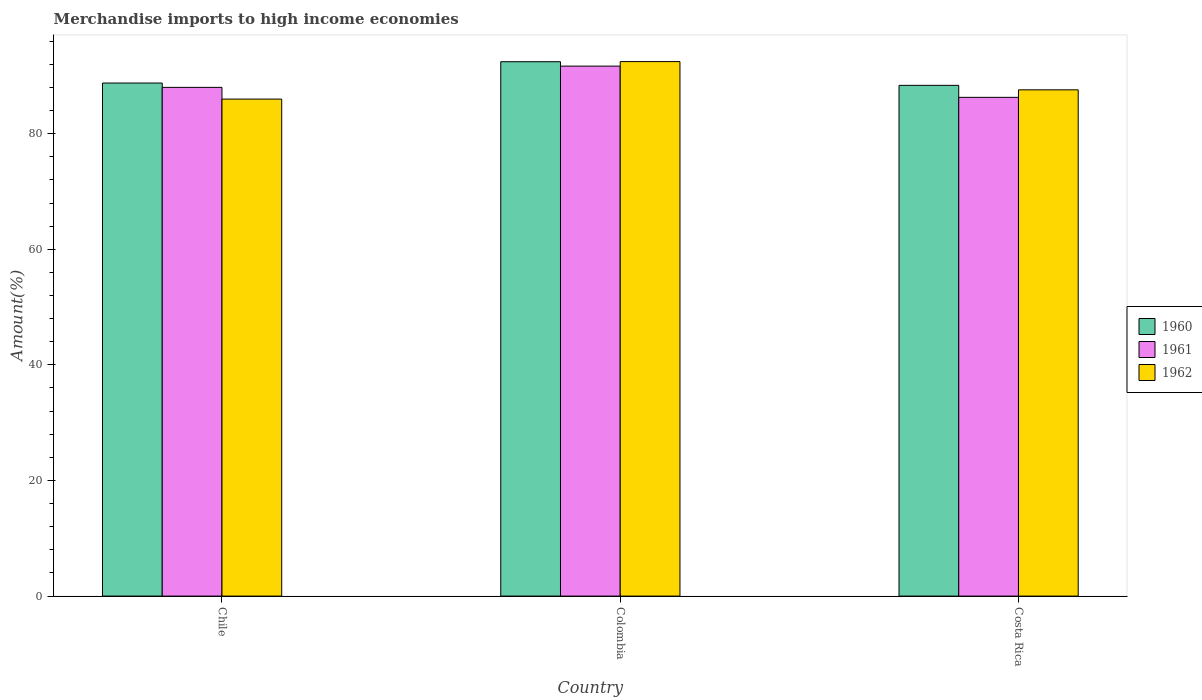
| Country | 1960 | 1961 | 1962 |
 | --- | --- | --- | --- |
 | Chile | 88.8 | 88 | 86 |
 | Colombia | 92.4 | 91.7 | 92.5 |
 | Costa Rica | 88.4 | 86.3 | 87.6 |